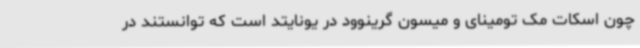
چون اسکات مک تومینای و میسون گرینوود در یونایتد است که توانستند در